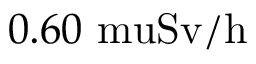
0 . 6 0 \mathrm { { \ m u } S v / h }